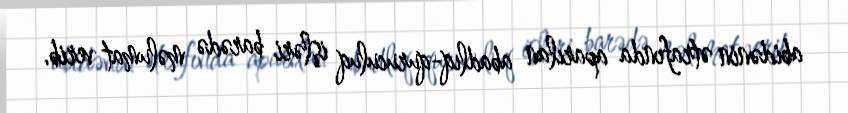
abidənin ətrafında aparılan abadlıq-quruculuq işləri barədə məlumat verib.